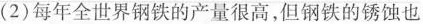
（2）每年全世界钢铁的产量很高，但钢铁的锈蚀也